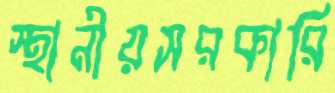
স্থানীয়সরকারি